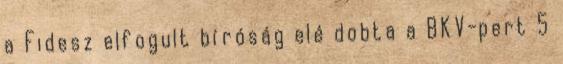
a Fidesz elfogult bíróság elé dobta a BKV-pert 5